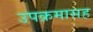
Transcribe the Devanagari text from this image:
उपक्रमासह